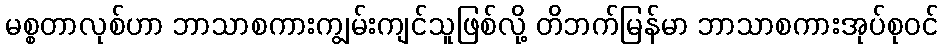
မစ္စတာလုစ်ဟာ ဘာသာစကားကျွမ်းကျင်သူဖြစ်လို့ တိဘက်မြန်မာ ဘာသာစကားအုပ်စုဝင်